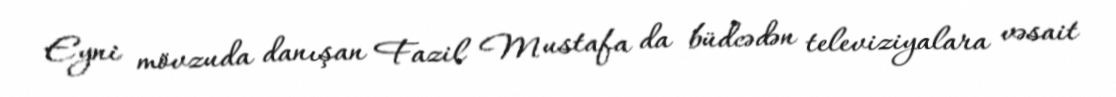
Eyni mövzuda danışan Fazil Mustafa da büdcədən televiziyalara vəsait